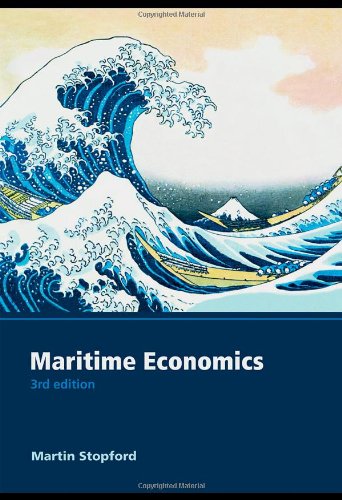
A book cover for Maritime Economics 3e; Martin Stopford; Engineering & Transportation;